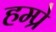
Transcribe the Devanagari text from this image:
हम्प्रे